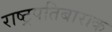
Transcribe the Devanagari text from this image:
राष्ट्रपतिबाराक